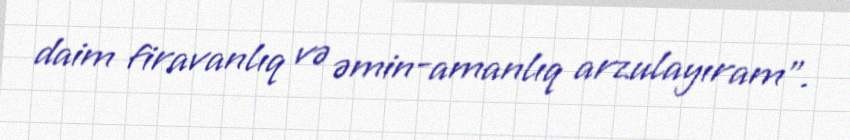
daim firavanlıq və əmin-amanlıq arzulayıram”.